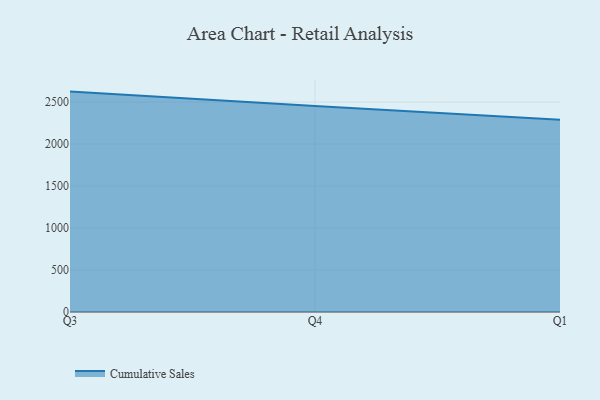
{"axis": {"x": "Quarter", "y": "Energy Usage (MWh)"}, "legend": ["Cumulative Sales"], "data": [{"x": "Q3", "y": 2624.9, "type": "Cumulative Sales"}, {"x": "Q4", "y": 2452.2, "type": "Cumulative Sales"}, {"x": "Q1", "y": 2289.1, "type": "Cumulative Sales"}]}